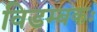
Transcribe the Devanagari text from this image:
विडम्बकः